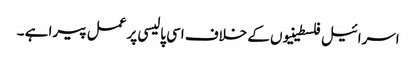
اسرائیل فلسطینیوں کے خلاف اسی پالیسی پر عمل پیرا ہے ۔